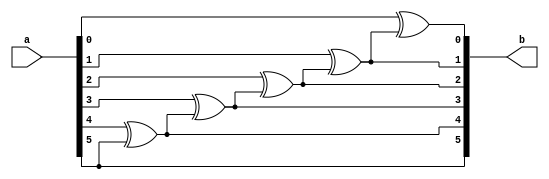
`timescale 1ns / 1ps


module gray_to_binary #(parameter size =6)(a,b);
input wire [size-1:0]a;
output wire [size-1:0]b;
genvar g;
assign b[size-1]=a[size-1];
 generate
  for(g=0;g<size-1;g=g+1)
   begin
   assign b[g]=a[g]^b[g+1];
   end  
 endgenerate 
    
   endmodule